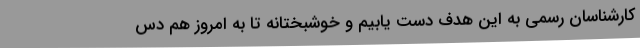
کارشناسان رسمی به این هدف دست یابیم و خوشبختانه تا به امروز هم دس